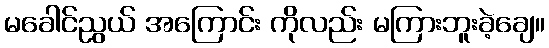
မခေါင်ညွယ် အကြောင်း ကိုလည်း မကြားဘူးခဲ့ချေ။